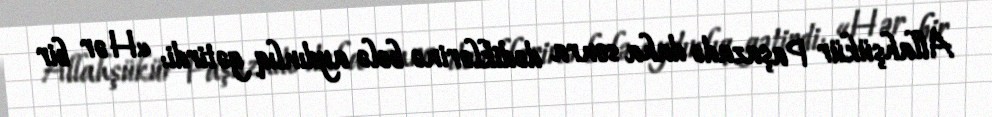
Allahşükür Paşazadə daha sonra dediklərinə belə aydınlıq gətirdi: «Hər bir